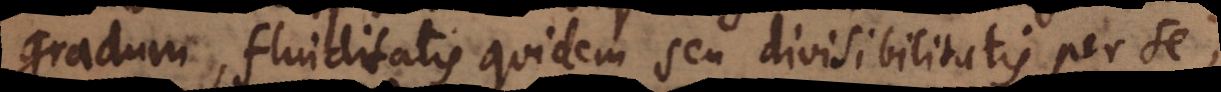
gradum, fluiditatis quidem seu divisibilitatis per se,